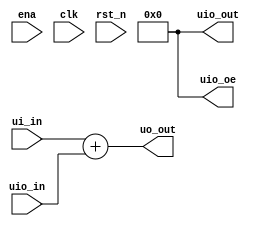
/*
 * Copyright (c) 2024 Your Name
 * SPDX-License-Identifier: Apache-2.0
 */

`default_nettype none

module tt_um_example (
    input  wire [7:0] ui_in,    // Dedicated inputs
    output wire [7:0] uo_out,   // Dedicated outputs
    input  wire [7:0] uio_in,   // IOs: Input path
    output wire [7:0] uio_out,  // IOs: Output path
    output wire [7:0] uio_oe,   // IOs: Enable path (active high: 0=input, 1=output)
    input  wire       ena,      // will go high when the design is enabled
    input  wire       clk,      // clock
    input  wire       rst_n     // reset_n - low to reset
);

  // All output pins must be assigned. If not used, assign to 0.
  assign uo_out  = ui_in + uio_in;  // Example: ou_out is the sum of ui_in and uio_in
  assign uio_out = 0;
  assign uio_oe  = 0;

endmodule